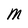
Character: M